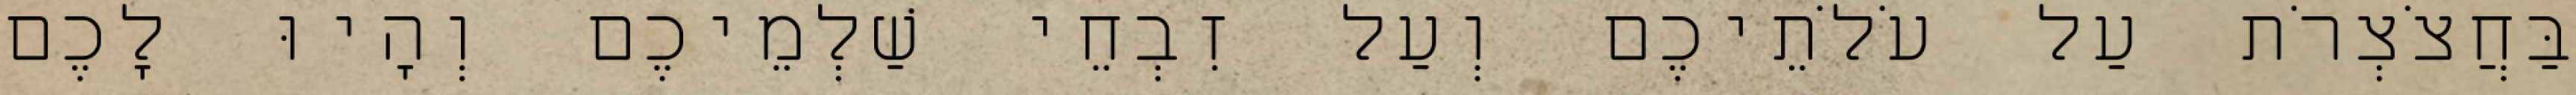
בַּחֲצֹצְרֹת עַל עֹלֹתֵיכֶם וְעַל זִבְחֵי שַׁלְמֵיכֶם וְהָיוּ לָכֶם